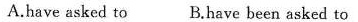
A.have asked to B.Have been asked to